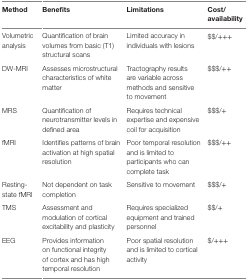
| Method | Benefits | Limitations | Cost/availability |
 | --- | --- | --- | --- |
 | Volumetric analysis | Quantification of brain volumes from basic (T1) structural scans | Limited accuracy in individuals with lesions | $$/+++ |
 | DW-MRI | Assesses microstructural characteristics of white matter | Tractography results are variable across methods and sensitive to movement | $$$/++ |
 | MRS | Quantification of neurotransmitter levels in defined area | Requires technical expertise and expensive coil for acquisition | $$$/+ |
 | fMRI | Identifies patterns of brain activation at high spatial resolution | Poor temporal resolution and is limited to participants who can complete task | $$$/++ |
 | Resting-state fMRI | Not dependent on task completion | Sensitive to movement | $$$/+ |
 | TMS | Assessment and modulation of cortical excitability and plasticity | Requires specialized equipment and trained personnel | $$/+ |
 | EEG | Provides information on functional integrity of cortex and has high temporal resolution | Poor spatial resolution and is limited to cortical activity | $/+++ |